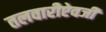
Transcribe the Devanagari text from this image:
तलवारीऐवजी